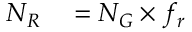
\begin{array} { r l } { N _ { R } } & { { } = N _ { G } \times f _ { r } } \end{array}